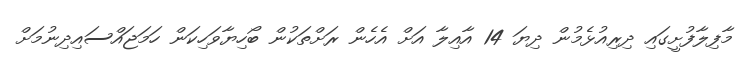
މާފިލާފުށީގައި ދިރިއުޅެމުން ދިޔަ 14 އާއިލާ އަށް އެހެން ރަށްތަކުން ބޯހިޔާވަހިކަން ހަމަޖައްސައިދިނުމަށް